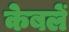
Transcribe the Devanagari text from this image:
केबलें